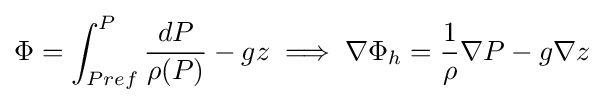
\Phi =\int _{Pref}^{P}{\frac {dP}{\rho (P)}}-gz\implies \nabla \Phi _{h}={\frac {1}{\rho }}\nabla P-g\nabla z